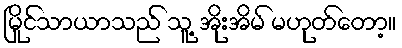
မြိုင်သာယာသည် သူ့ အိုးအိမ် မဟုတ်တော့။